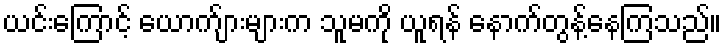
ယင်းကြောင့် ယောက်ျားများက သူမကို ယူရန် နောက်တွန့်နေကြသည်။